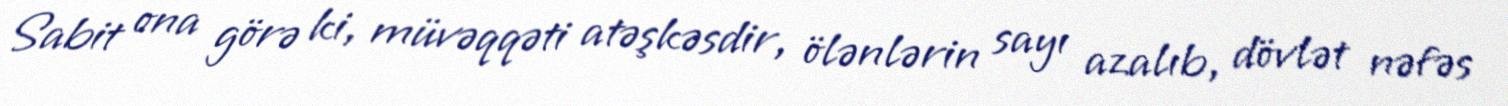
Sabit ona görə ki, müvəqqəti atəşkəsdir, ölənlərin sayı azalıb, dövlət nəfəs